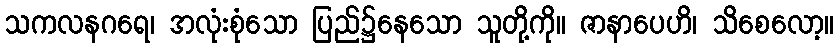
သကလနဂရေ၊ အလုံးစုံသော ပြည်၌နေသော သူတို့ကို။ ဇာနာပေဟိ၊ သိစေလော့။